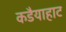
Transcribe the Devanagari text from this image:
कडैयाहाट